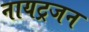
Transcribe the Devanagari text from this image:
नायट्रजन